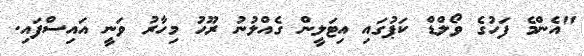
"އެންމެ ފަހުގެ ވޯލްޑް ކަޕުގައި އިޓަލީން ގެއްލުނު ރޫހު މިހާރު ވަނީ އައިސްފައި.